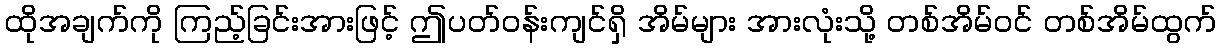
ထိုအချက်ကို ကြည့်ခြင်းအားဖြင့် ဤပတ်ဝန်းကျင်ရှိ အိမ်များ အားလုံးသို့ တစ်အိမ်ဝင် တစ်အိမ်ထွက်